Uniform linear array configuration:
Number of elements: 8
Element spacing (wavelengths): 0.25
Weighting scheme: hann
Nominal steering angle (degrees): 15
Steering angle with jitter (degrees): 16.054
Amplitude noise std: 0.05
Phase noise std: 0.05

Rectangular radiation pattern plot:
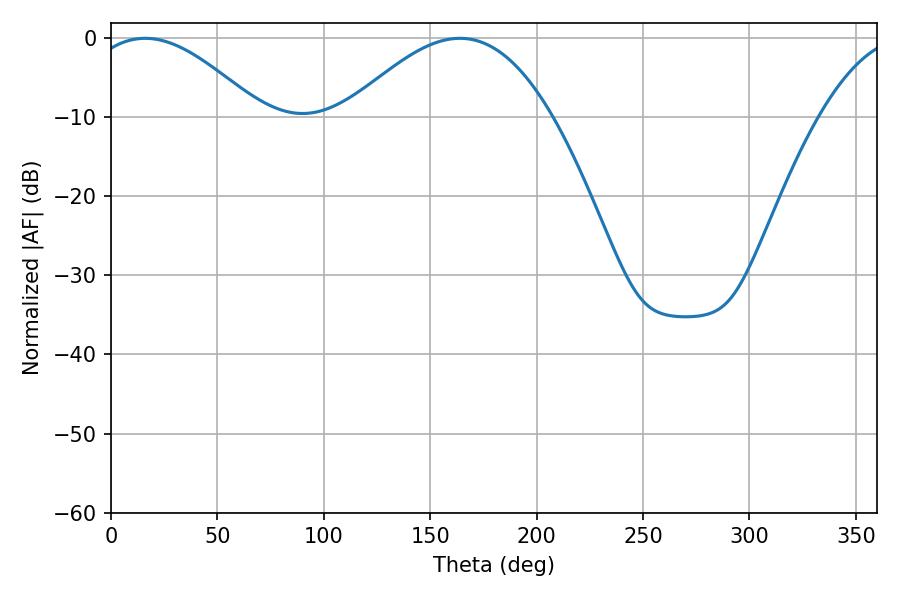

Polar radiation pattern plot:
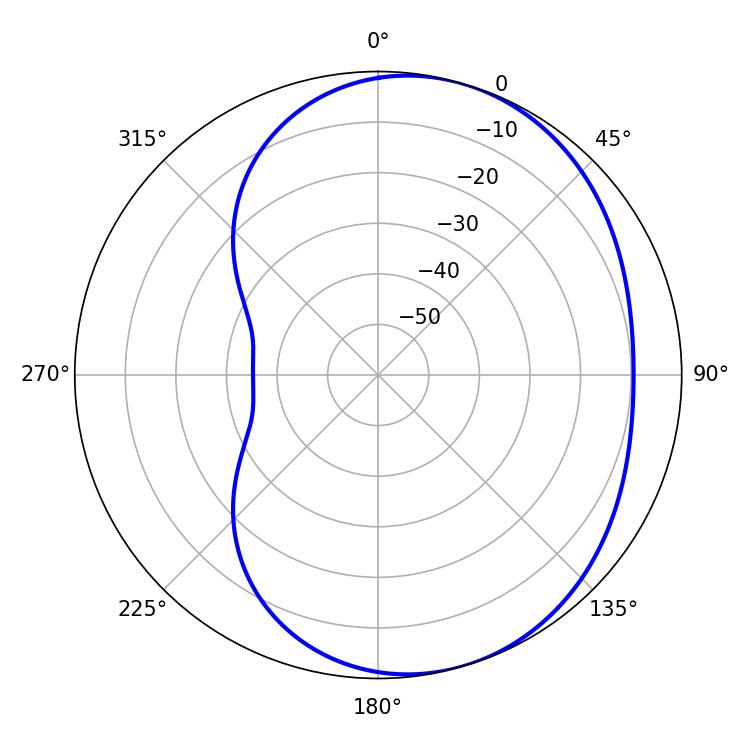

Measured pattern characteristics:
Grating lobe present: FALSE
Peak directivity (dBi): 4.711
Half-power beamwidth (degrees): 44.28
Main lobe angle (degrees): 16.02